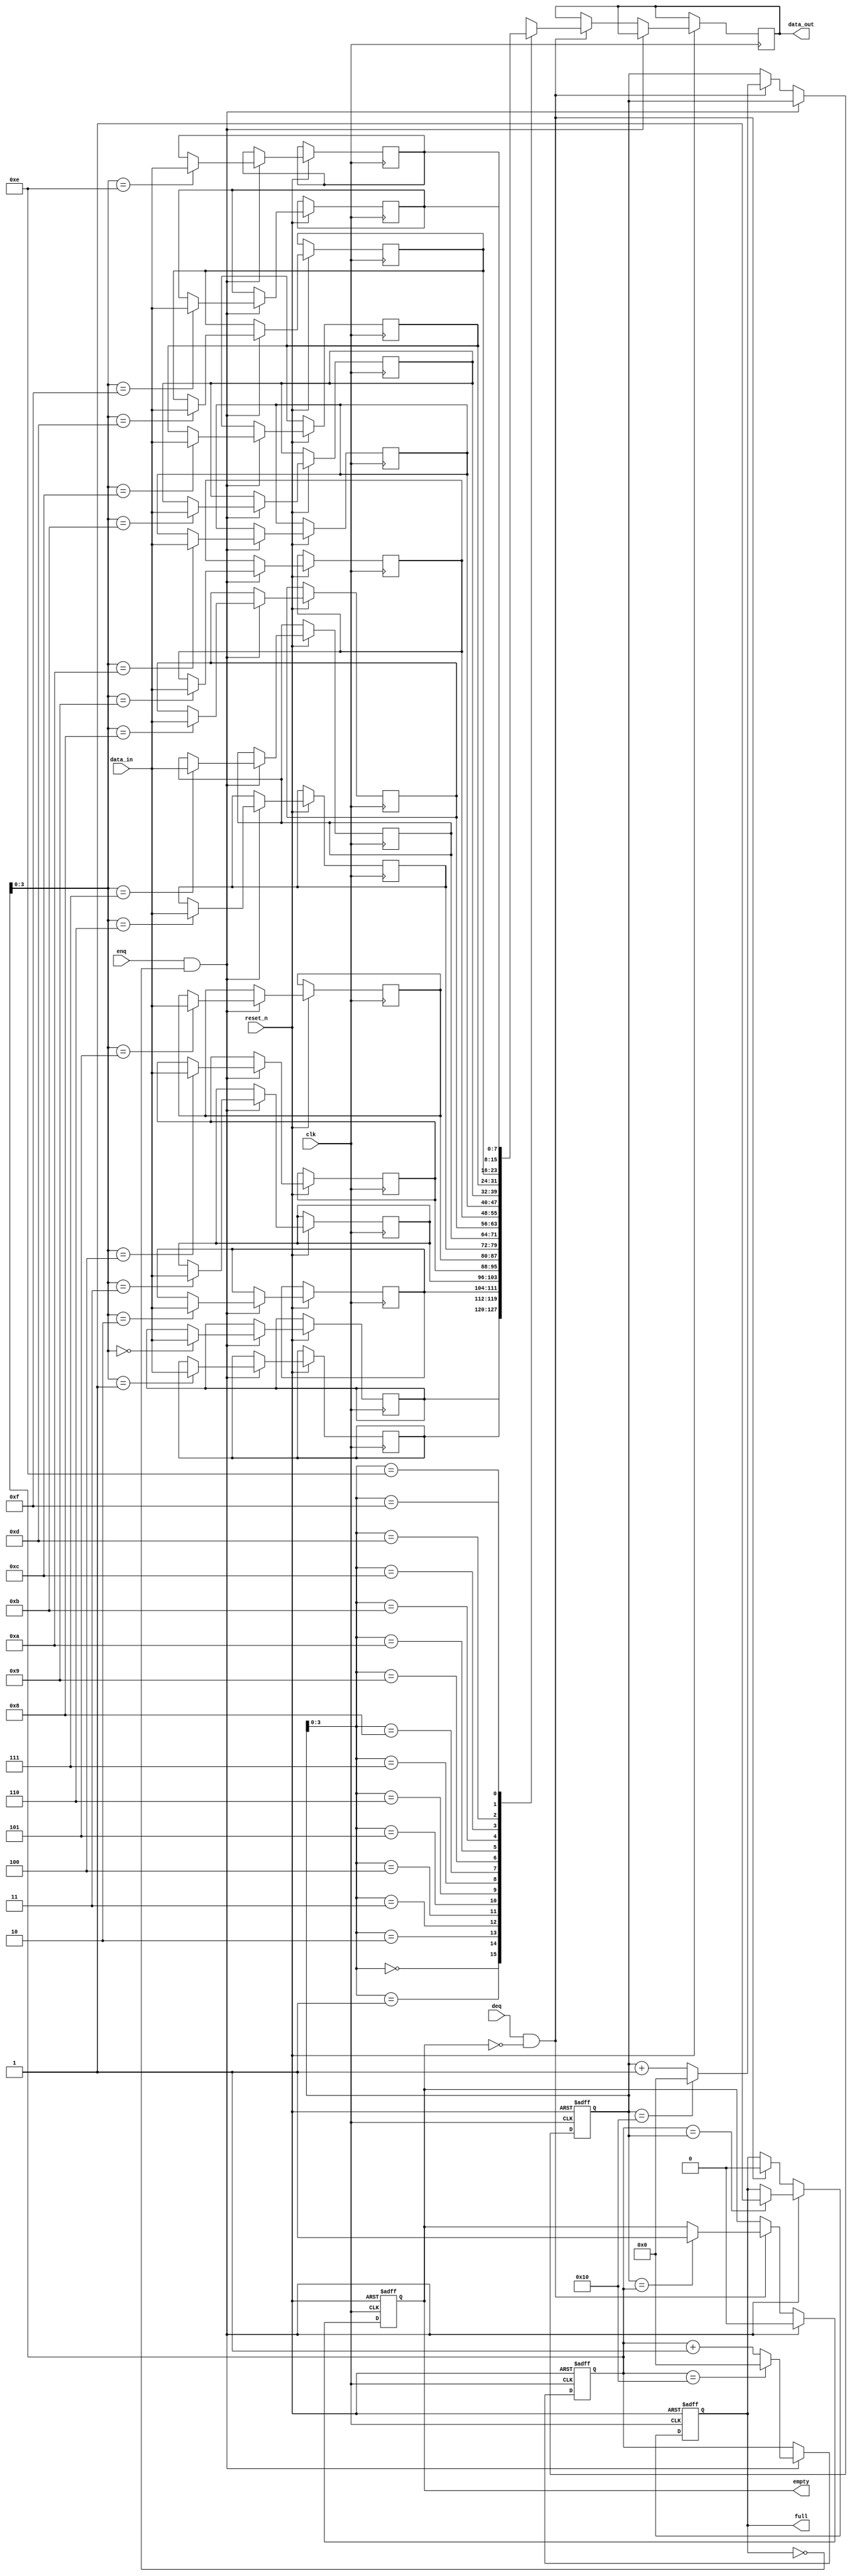
module CircularFIFO (
    input wire clk,
    input wire reset_n,
    input wire enq,
    input wire deq,
    input wire [DATA_WIDTH-1:0] data_in,
    output wire [DATA_WIDTH-1:0] data_out,
    output wire full,
    output wire empty
);

parameter DEPTH = 16; // Depth of FIFO
parameter DATA_WIDTH = 8; // Data width of FIFO

reg [DATA_WIDTH-1:0] mem [DEPTH-1:0];
reg [DATA_WIDTH-1:0] data_out_reg;
reg [DEPTH-1:0] write_ptr_reg;
reg [DEPTH-1:0] read_ptr_reg;

reg full_reg;
reg empty_reg;

always @ (posedge clk or negedge reset_n) begin
    if (!reset_n) begin
        write_ptr_reg <= 0;
        read_ptr_reg <= 0;
        full_reg <= 1'b0;
        empty_reg <= 1'b1;
    end else begin
        if (enq && !full_reg) begin
            mem[write_ptr_reg] <= data_in;
            write_ptr_reg <= write_ptr_reg + 1;
            if (write_ptr_reg == DEPTH) begin
                write_ptr_reg <= 0;
            end
            if (write_ptr_reg == read_ptr_reg) begin
                full_reg <= 1'b1;
            end
            empty_reg <= 1'b0;
        end else if (deq && !empty_reg) begin
            data_out_reg <= mem[read_ptr_reg];
            read_ptr_reg <= read_ptr_reg + 1;
            if (read_ptr_reg == DEPTH) begin
                read_ptr_reg <= 0;
            end
            if (read_ptr_reg == write_ptr_reg) begin
                empty_reg <= 1'b1;
            end
            full_reg <= 1'b0;
        end
    end
end

assign data_out = data_out_reg;
assign full = full_reg;
assign empty = empty_reg;

endmodule